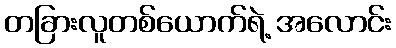
တခြားလူတစ်ယောက်ရဲ့ အလောင်း